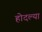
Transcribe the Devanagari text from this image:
होदल्या